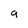
Character: g